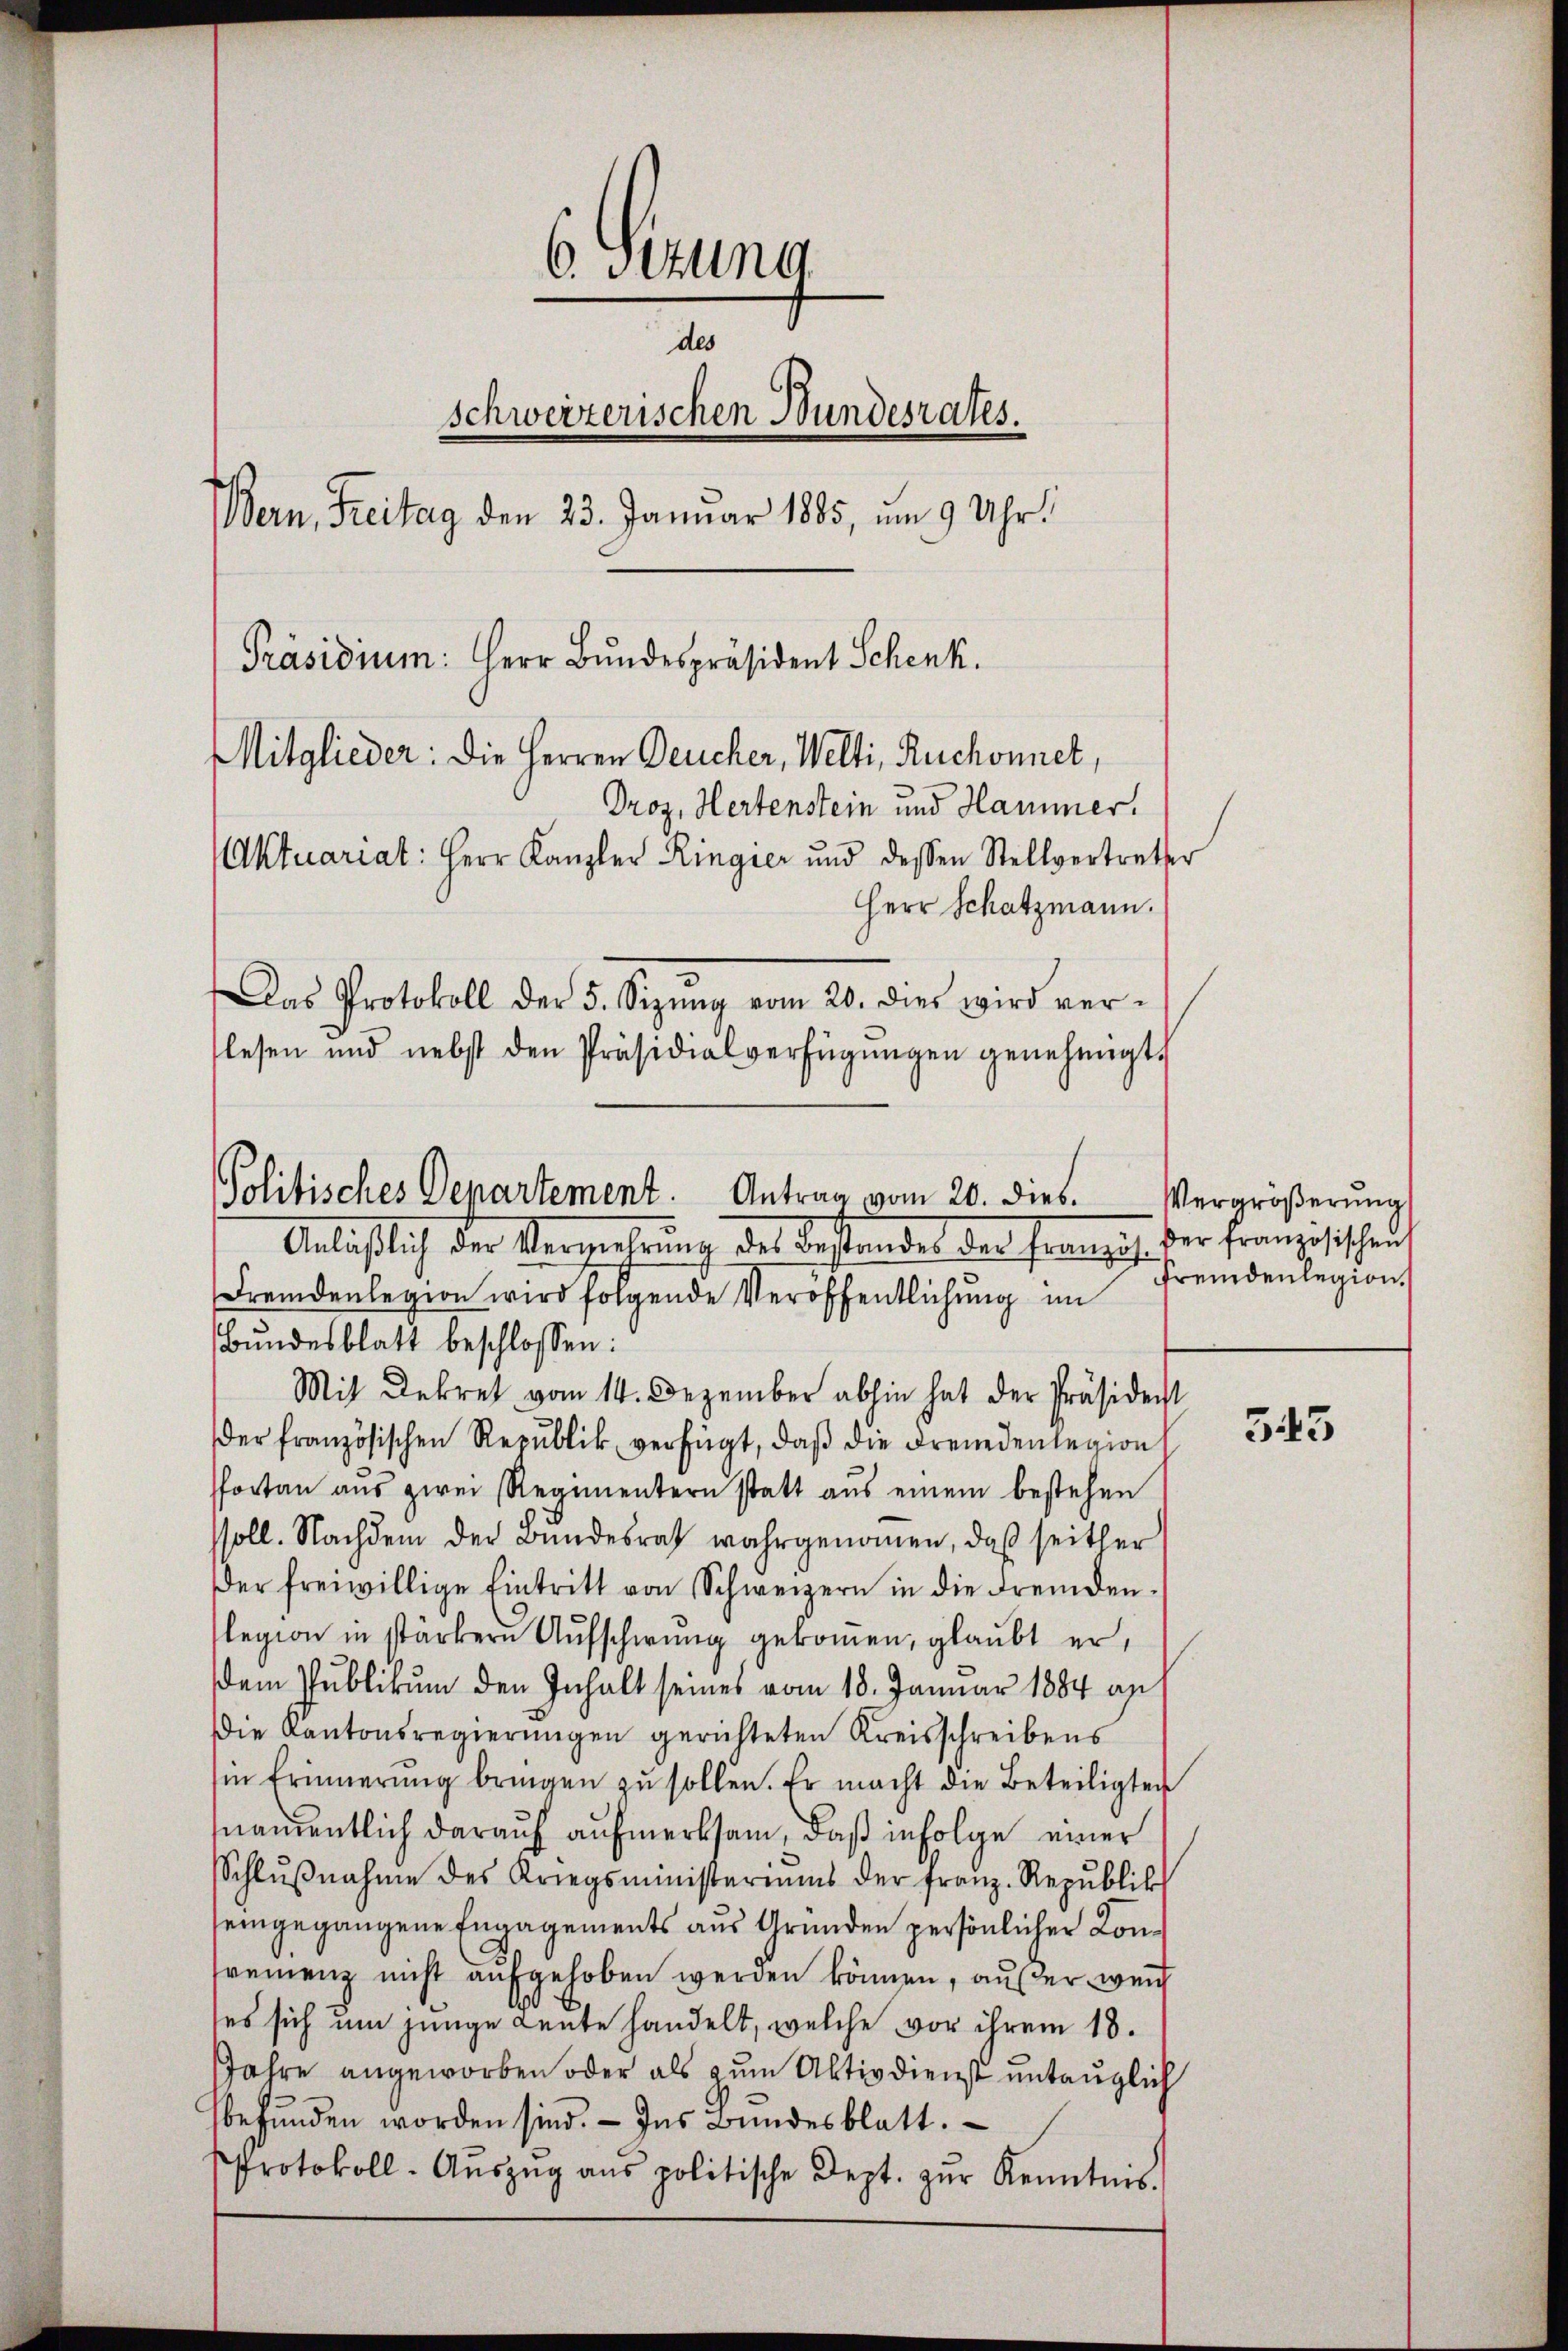
6. Gezung
des
schweizerischen Bundesrates.
Bern, Freitag den 23. Januar 1885, um 9 Uhr,
Präsidium: Herr Bundespräsident Schenk.
Mitglieder: die Herren Deucher, Welti, Ruchonnet,
Droz. Hertenstein und Hammer.
Aktuariat: Herr Kanzler Ringier und dessen Stellvertreter
Herr Schatzmann.
Das Protokoll der 5. Sizŭng vom 20. dies wird ver-
flesen und nebst den Präsidialverfügŭngen genehmigt.

Anläßlich der Versiechrung des Bestandes der Franzig der Franzesschauf
Fremdenlegion wird folgende Veröffentlichung im
Bŭndesblatt beschlossen:
Mit Dekret vom 14. Dezember abhin hat der Präsident
der französischen Republik verfügt, daß die Freudenlegion
sportan aŭs zwei Regimentern statt aŭs einem bestehen
ssoll. Nachdem der Bundesrath wahrgenommen, daß seither
der freiwillige Eintritt von Schweizern in die Fremden-
legion in stärkern Aŭfschwung gekommen, glaubt er,
dem Publikum den Inhalt seines vom 18. Januar 1884 an
Die Kantonsregierungen gerichteten Kreisschreibens
in Erinnerung bringen zu sollen. Er macht die Beteiligten
nandentlich darauf aufmerksam, daß infolge einer
Schlŭβnahme des Kriegsministeriums der Franz-Repŭblik
seingegangene Engagements aus Grunden persönlicher Konfreienz nicht aufgehoben werden können, aus der weich
ses sich um junge Leute handelt, welche vor ihrem 18.
Jahre angeworben oder als zum Aktiv dienst untauglich
sbefunden worden sind. - Ins Bundesblatt.
Protokoll-Aŭszŭg ans politische Dept. zŭr Kenntnis.

Politisches Departement.
Antrag vom 20. dies.

Vergrößerung
Fremdenlegion.

543